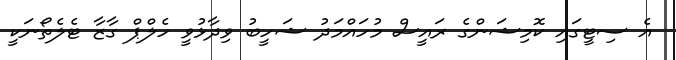
އެ ސިޓީގައި ކޮމިޝަންގެ ރައީސް މުހައްމަދު ޝަހީބު ވިދާޅުވީ ހެލްޕް ގާޒާ ޓެލެތޯނަކީ